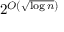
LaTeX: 2 ^ { O \left( { \sqrt { \log n } } \right) }